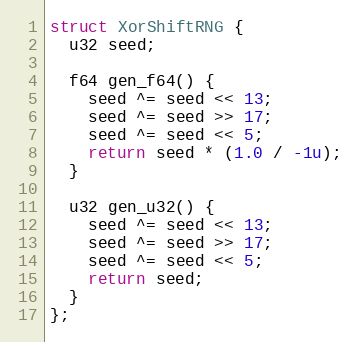
Language: C++
struct XorShiftRNG {
  u32 seed;

  f64 gen_f64() {
    seed ^= seed << 13;
    seed ^= seed >> 17;
    seed ^= seed << 5;
    return seed * (1.0 / -1u);
  }

  u32 gen_u32() {
    seed ^= seed << 13;
    seed ^= seed >> 17;
    seed ^= seed << 5;
    return seed;
  }
};